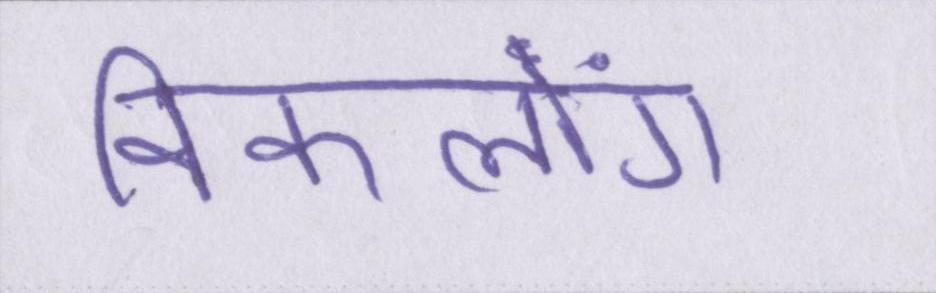
विकलांग